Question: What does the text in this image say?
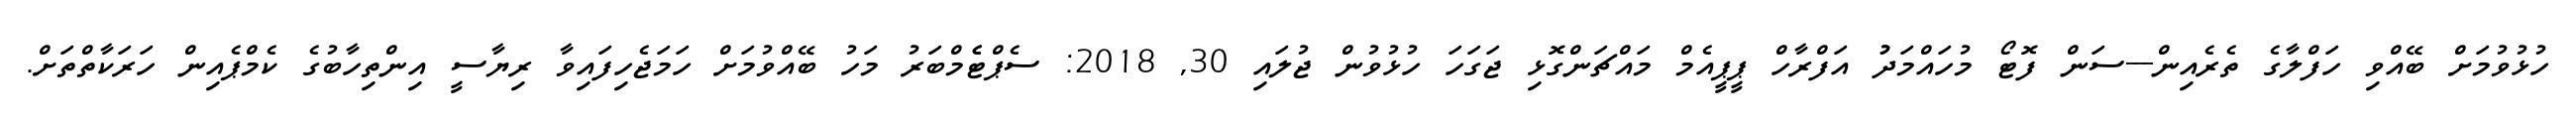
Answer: ހުޅުވުމަށް ބޭއްވި ހަފްލާގެ ތެރެއިން---ސަން ފޮޓޯ މުހައްމަދުު އަފްރާހް ޕީޕީއެމް މައްޗަންގޮޅި ޖަގަހަ ހުޅުވުން ޖުލައި 30, 2018: ސެޕްޓެެމްބަރު މަހު ބޭއްވުމަށް ހަމަޖެހިފައިވާ ރިޔާސީ އިންތިހާބުގެ ކެމްޕެއިން ހަރަކާތްތަށް.